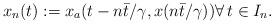
LaTeX: \begin{align*}x_n(t) :=x_a(t-n{\bar{t}}/{\gamma},x(n{\bar{t}}/{\gamma})) \forall \, t \in I_n.\end{align*}